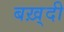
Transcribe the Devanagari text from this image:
बख़्दी